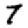
Digit: 7